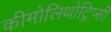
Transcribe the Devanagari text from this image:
कीमोलिथोट्रिप्सी